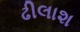
ઢીલાશ